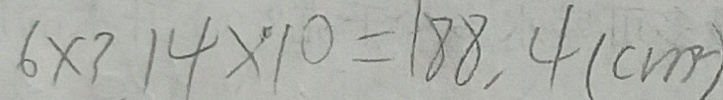
6 \times 3 1 4 \times 1 0 = 1 8 8 . 4 ( c m ^ { 2 } )